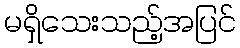
မရှိသေးသည့်အပြင်